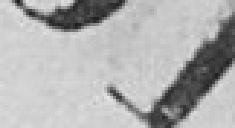
51